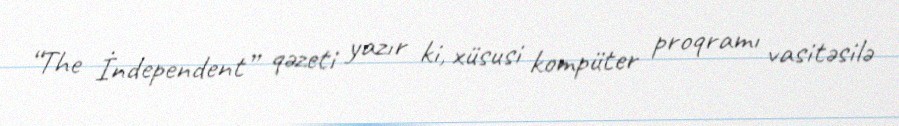
“The İndependent” qəzeti yazır ki, xüsusi kompüter proqramı vasitəsilə